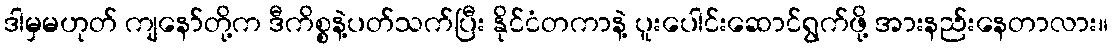
ဒါမှမဟုတ် ကျနော်တို့က ဒီကိစ္စနဲ့ပတ်သက်ပြီး နိုင်ငံတကာနဲ့ ပူးပေါင်းဆောင်ရွက်ဖို့ အားနည်းနေတာလား။